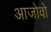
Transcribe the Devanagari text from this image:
आजोवो